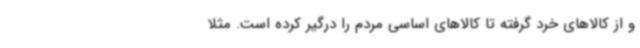
و از کالاهای خرد گرفته تا کالاهای اساسی مردم را درگیر کرده است. مثلا